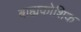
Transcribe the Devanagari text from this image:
बाह्यकोशिक